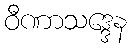
ဝီဏာသဒ္ဒေန